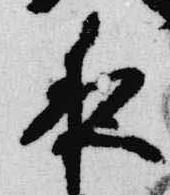
夜